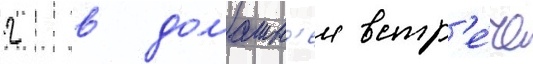
2 в домашн'еи встр'е́че